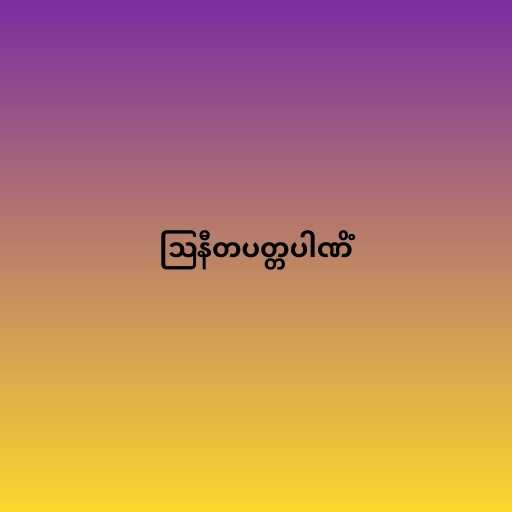
ဩနီတပတ္တပါဏိံ